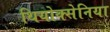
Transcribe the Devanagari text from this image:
थियोक्सेनिया